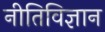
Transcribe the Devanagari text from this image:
नीतिविज्ञान